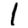
Digit: 1